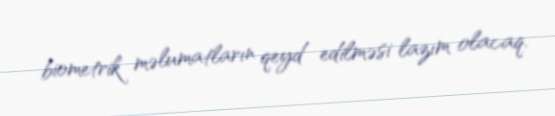
biometrik məlumatların qeyd edilməsi lazım olacaq.